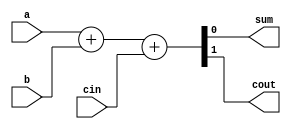
module FABehav(input a,b,cin,output sum,cout);
   assign {cout,sum} = a + b + cin;
endmodule